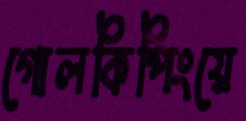
গোলকিপিংয়ে